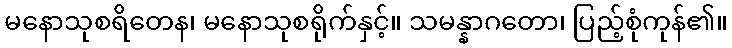
မနောသုစရိတေန၊ မနောသုစရိုက်နှင့်။ သမန္နာဂတော၊ ပြည့်စုံကုန်၏။